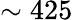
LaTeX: \sim 425